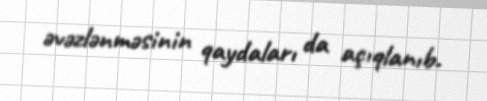
əvəzlənməsinin qaydaları da açıqlanıb.